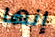
إنها